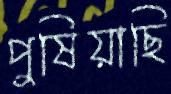
পুষিয়াছি